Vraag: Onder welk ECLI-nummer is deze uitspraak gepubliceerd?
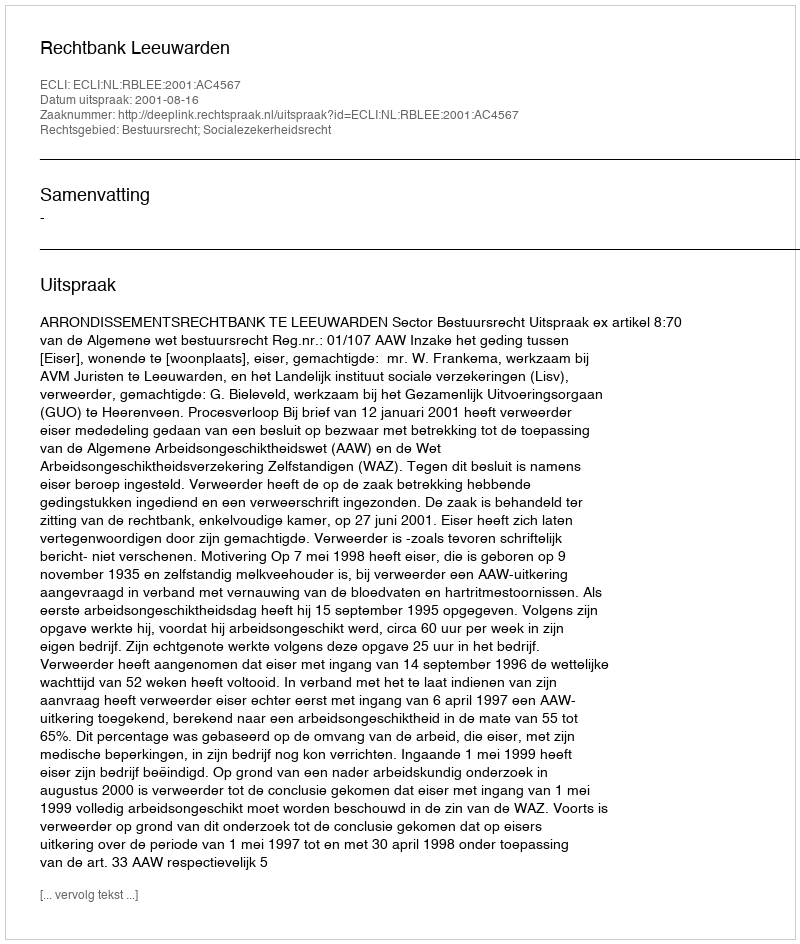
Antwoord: ECLI:NL:RBLEE:2001:AC4567